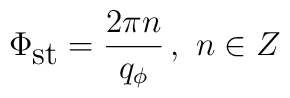
\Phi _{\textrm{st}}=\frac{2\pi n}{q_{\phi }}\, ,\, \, n\in Z